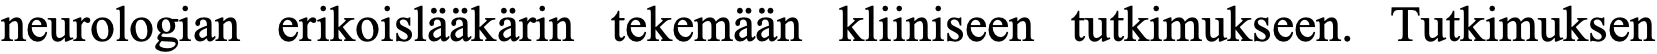
neurologian erikoislääkärin tekemään kliiniseen tutkimukseen. Tutkimuksen